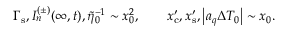
\Gamma _ { \mathrm { s } } , I _ { n } ^ { ( \pm ) } ( \infty , t ) , \tilde { \eta } _ { 0 } ^ { - 1 } \sim x _ { 0 } ^ { 2 } , \qquad x _ { \mathrm { c } } ^ { \prime } , x _ { \mathrm { s } } ^ { \prime } , \big | a _ { q } \Delta T _ { 0 } \big | \sim x _ { 0 } .